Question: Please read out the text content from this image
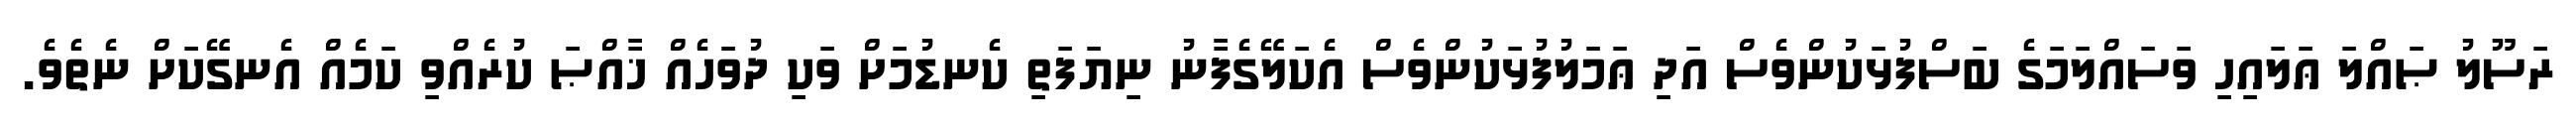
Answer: ރަސޫލު ޞައްލަ ޢަލައިހި ވަސައްލަމަގެ ބަސްފުޅަކުންވެސް އަދި ޢަމަލުފުޅަކުންވެސް އެކަލޭގެފާނު ނިޔަފަތި ކެނޑުމަށް ވަކި ދުވަހެއް ޚާއްޞަ ކުރެއްވި ކަމެއް އެނގޭކަށް ނެތެވެ.